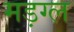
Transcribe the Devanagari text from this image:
मड़ग्ल